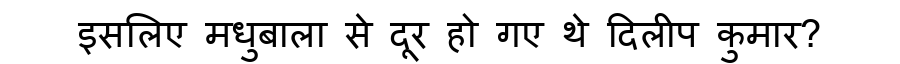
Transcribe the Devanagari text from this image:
इसलिए मधुबाला से दूर हो गए थे दिलीप कुमार?